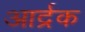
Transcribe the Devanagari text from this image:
आर्द्रक